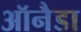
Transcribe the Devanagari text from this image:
ऑनैडा